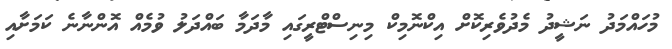
މުހައްމަދު ނަޝީދު މެދުވެރިކޮށް އިކްނޮމިކް މިނިސްޓްރީގައި މާދަމާ ބައްދަލު ވުމެއް އޮންނާނެ ކަމަށާއި